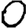
Digit: 0